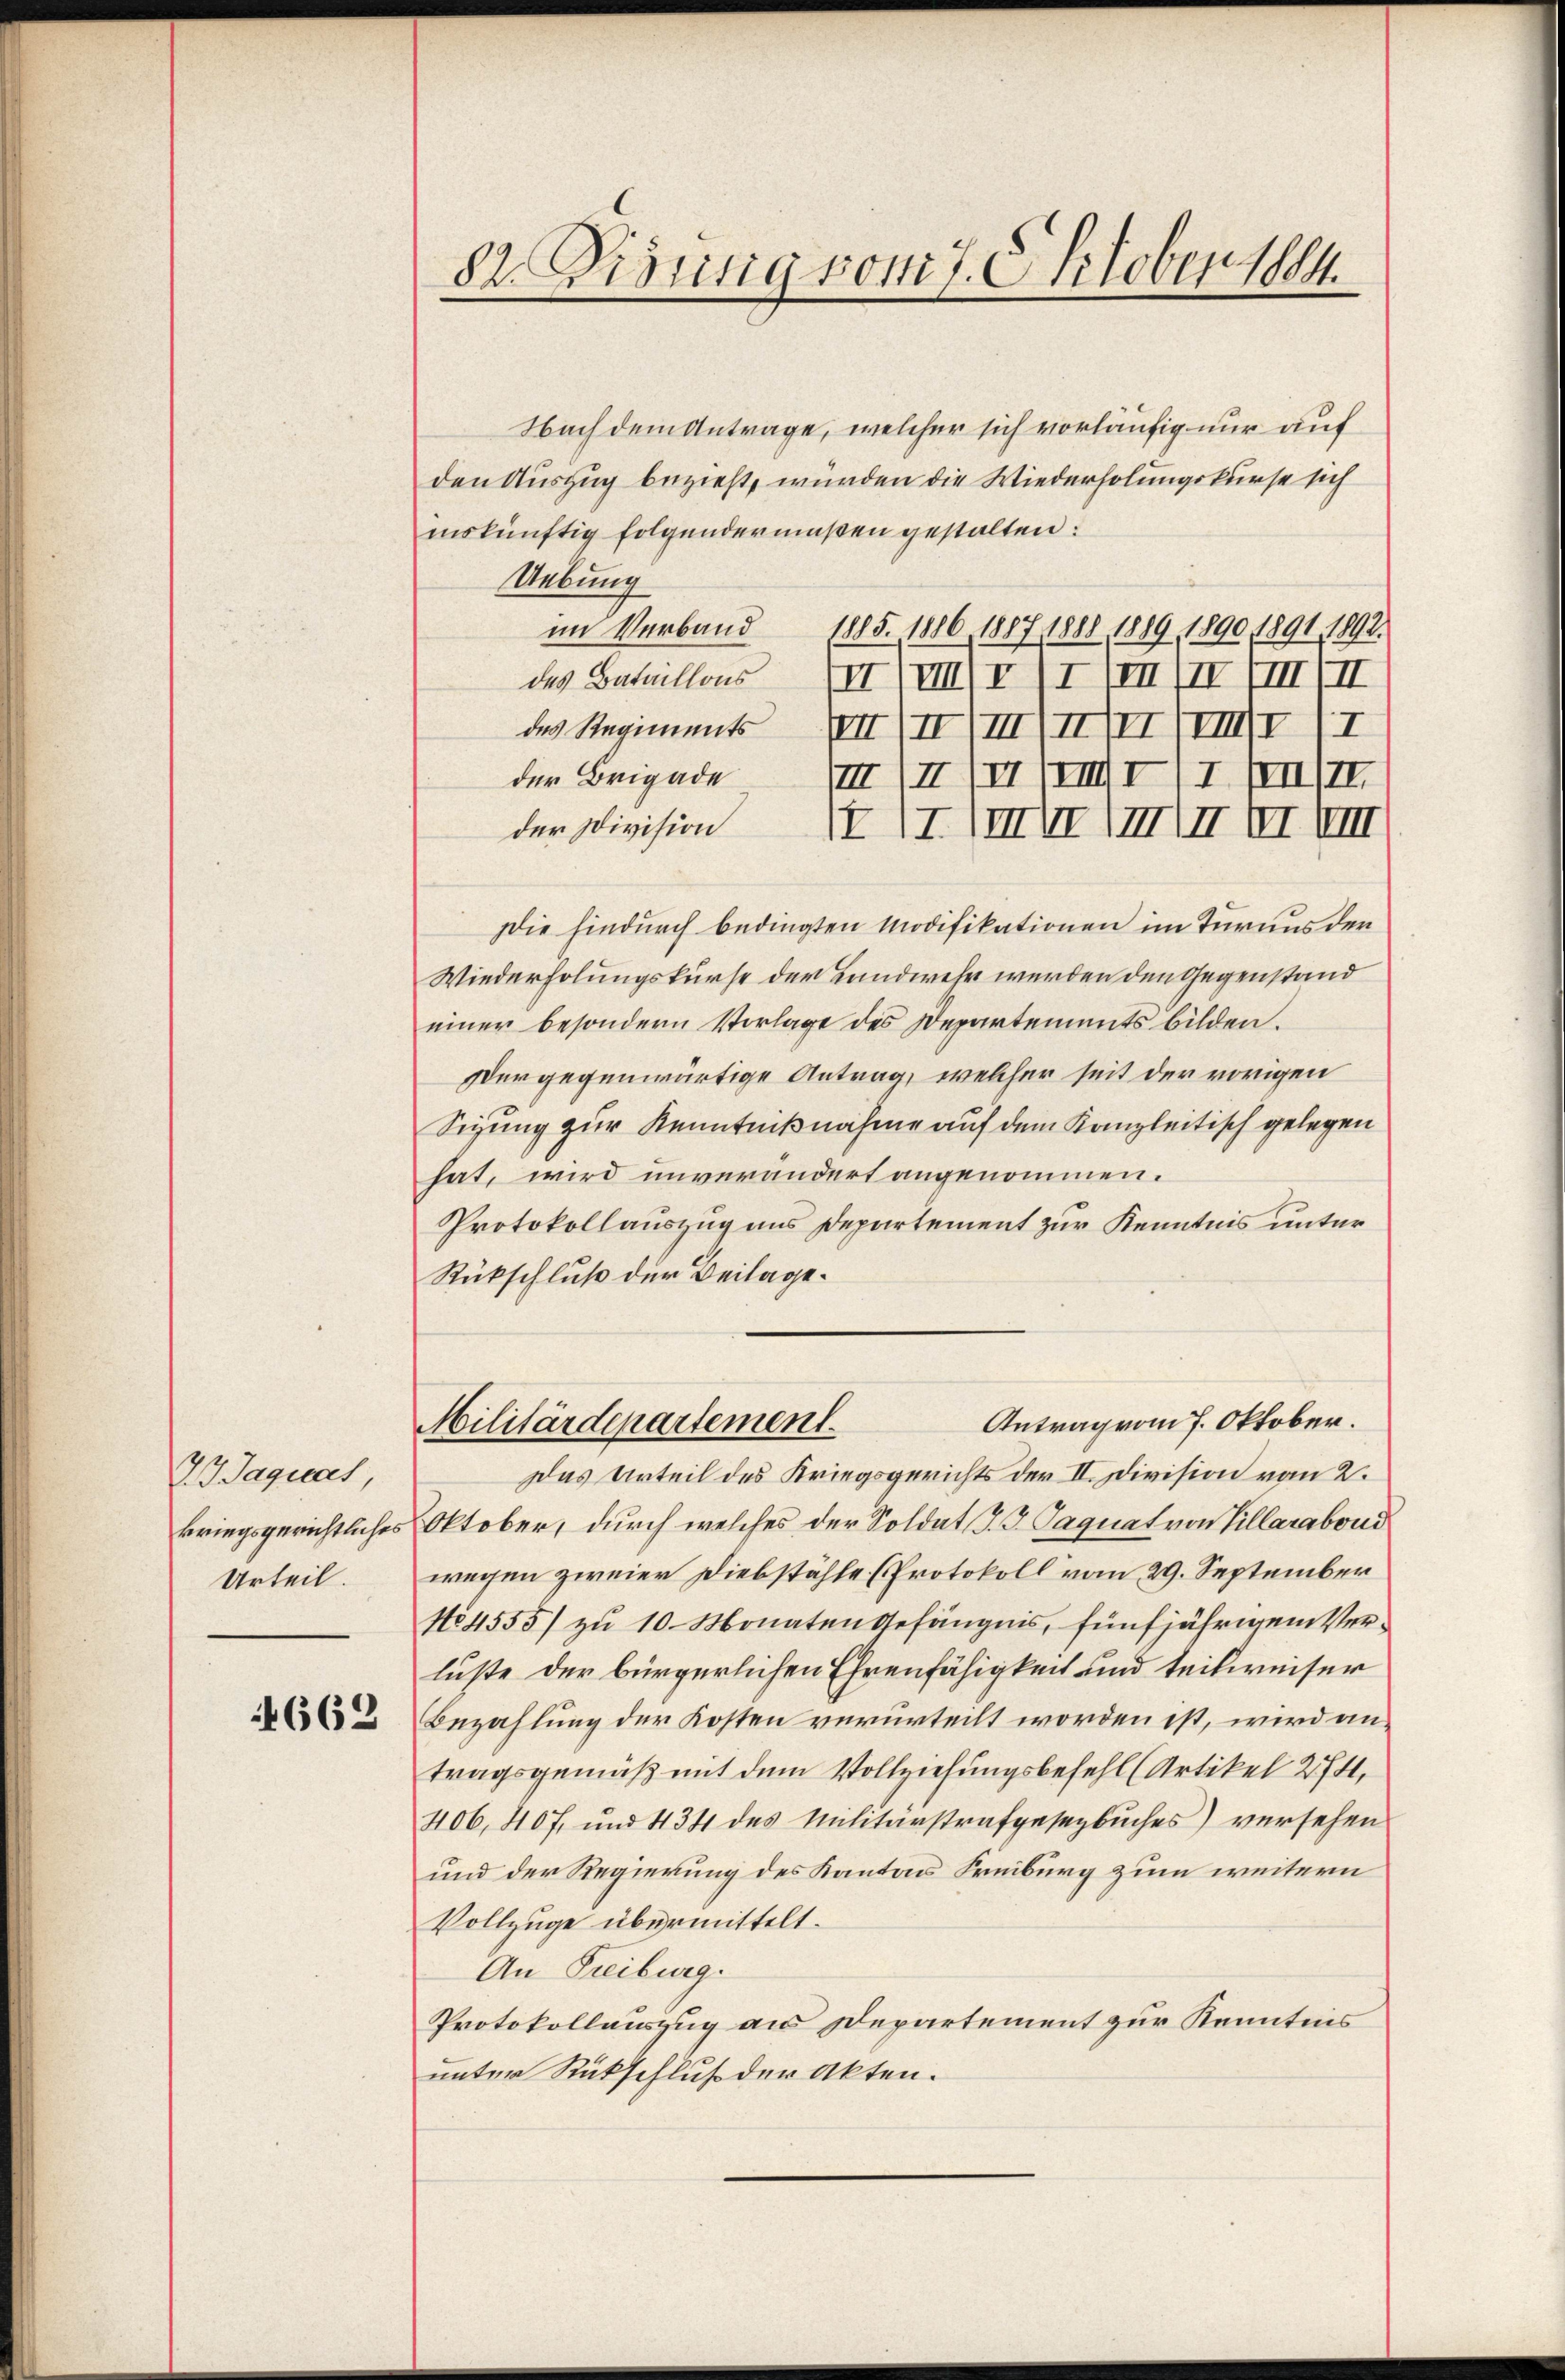
1Jagias,
kriegsgerichtliches
Urteil.

4662

82. Diennig vom 7. Oktober 1884.

Nach dem Antrage, welcher sich vorläufig nur auf
den Auszug bezieht, wurden die Wiederholungskurse sich
inskünftig folgendermaßen gestalten:
Uebung
im Verband 1885. 1886 1887 1888 1889 1890 1891, 1892.
des Bataillons III (IIIIIIII
de Regiment III I
der Brigade
17/IIII) I. In II.
der Division XII. IIIIVE VIII VI VIII
Die hindurch bedingten Modifikationen im Turnus der
Wiederholungskurse der Landwehr werden den Gegenstand
einer besondern Vorlage des Departements bilden.
vergegenwärtige Antrag, welcher seit der vorigen
Sigung zur Kenntnißnahme auf dem Kanzleitisch gelegen
hat, wird unverändert angenommen.
Protokollauszug aus Departement zur Kenntnis unter
Rückschluß der Beilage.
Antrag vom 7. Oktober.
Militärdepartement.
Das Urteil des Kriegsgerichts der II. Division vom 2.
Oktober, durch welches der Soldat P. G. Saguat von Villarabond
wegen zweier Diebstähle (Protokoll vom 29. September
No 4555/ zu 10 Monaten Gefängnis, fünfjährigem Verluste der bürgerlichen Ehrenfähigkeit und teilweiser
Bezahlung der Kosten verurteilt worden ist, wird an.
tragsgemäß mit dem Vollziehungsbefehl (Artikel 274.
406, 407. und 434 des Militärstrafgesezbuches) versehen
und der Regierung des Kantons Freiburg zum weitern
Vollzüge übermittelt.
An Freiburg.
Protokollauszug aus Departement zur Kenntnis
unter Rückschluß der Akten.